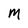
Character: M